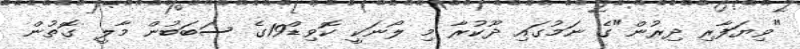
"ވިޔަފާރި ދިރުން"ގެ ނަމުގައި ދޫކުރާ މި ލޯނަކީ ކޮވިޑް19ގެ ސަބަބުން މާލީ ގޮތުން